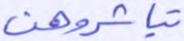
تباشروهن